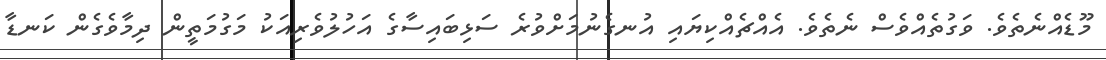
މޫޑެއްނެތެވެ. ވަގުތެއްވެސް ނެތެވެ. އެއްޗެއްކިޔައި އުނގެނުމަށްވުރެ ސަޅިބައިސާގެ އަހުލުވެރިއަކު މަގުމަތީން ދިމާވެގެން ކަނޑާ